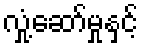
လှုံ့ဆော်မှုနှင့်